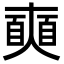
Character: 𡚐